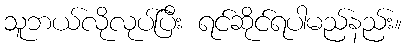
သူဘယ်လိုလုပ်ပြီး ရင်ဆိုင်ရပါမည်နည်း။